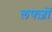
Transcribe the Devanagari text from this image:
लफ्ज़ों